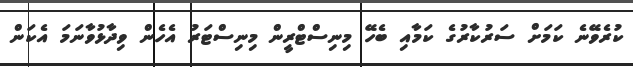
ކުރެވޭނެ ކަމަށް ސަރުކާރުގެ ކަމާއި ބެހޭ މިނިސްޓްރީން މިނިސްޓަރު އެހެން ވިދާޅުވާނަމަ އެކަން